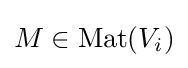
M\in {\text{Mat}}(V_{i})